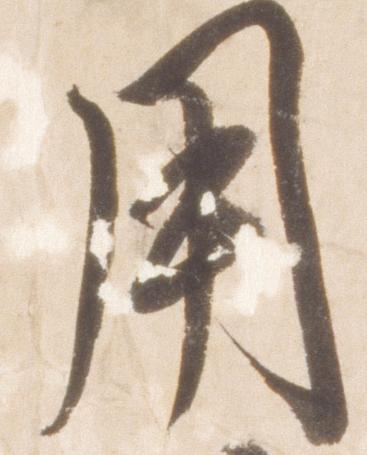
用